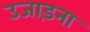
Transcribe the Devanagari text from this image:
उजाड़ना